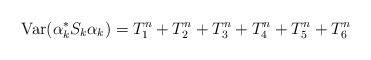
\begin{align*} \mathrm{Var} ( \alpha_k^* S_k \alpha_k ) =T_1^n+T_2^n+T^n_3+T^n_4+T^n_5+T^n_6\end{align*}